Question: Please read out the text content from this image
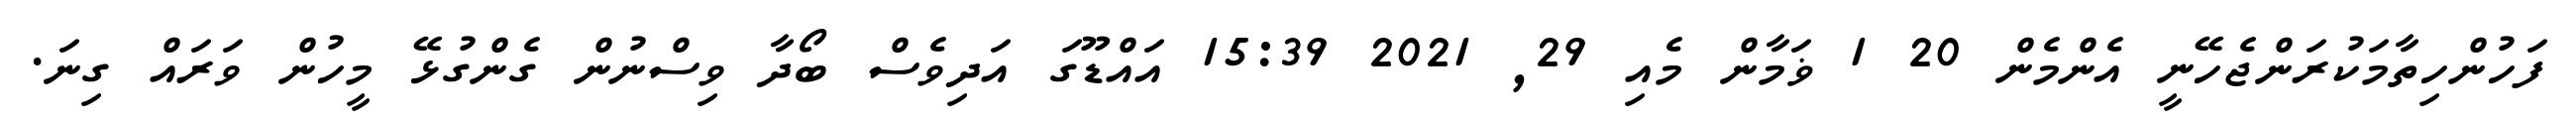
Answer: ފަހުންހިތާމަކުރަންޖެހޭނީ އެންމެން 20 1 ޥަމާން މެއި 29, 2021 15:39 އައްޑޫގަ އަދިވެސް ބޯދާ ވިސްނުން ގެންގުޅޭ މީހުން ވަރައް ގިނަ.